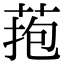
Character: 菢